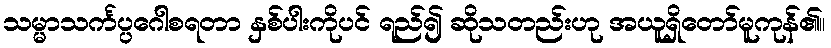
သမ္မာသင်္ကပ္ပဂေါစရတာ နှစ်ပါးကိုပင် ရည်၍ ဆိုသတည်းဟု အယူရှိတော်မူကုန်၏။